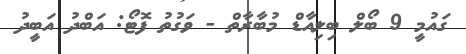
ގައުމީ 9 ބޯލް ބިލިއާޑް މުބާރާތް - ވަގުތު ފޮޓޯ: އަބްދު އަބީދު